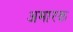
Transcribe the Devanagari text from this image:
अमारक